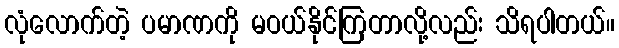
လုံလောက်တဲ့ ပမာဏကို မဝယ်နိုင်ကြတာလို့လည်း သိရပါတယ်။